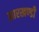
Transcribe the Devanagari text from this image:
झारखण्‍डी